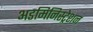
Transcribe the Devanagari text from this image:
अडमिनिस्ट्रेशन